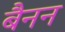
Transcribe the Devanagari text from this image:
बैनन